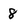
Character: 8